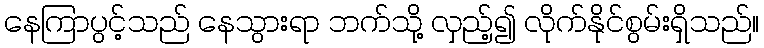
နေကြာပွင့်သည် နေသွားရာ ဘက်သို့ လှည့်၍ လိုက်နိုင်စွမ်းရှိသည်။